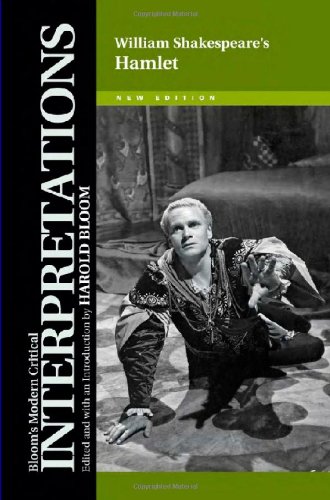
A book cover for Hamlet (Bloom's Modern Critical Interpretations); William Shakespeare; Teen & Young Adult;